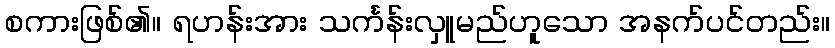
စကားဖြစ်၏။ ရဟန်းအား သင်္ကန်းလှူမည်ဟူသော အနက်ပင်တည်း။